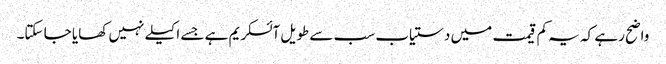
واضح رہے کہ یہ کم قیمت میں دستیاب سب سے طویل آئسکریم ہے جسے اکیلے نہیں کھایا جا سکتا۔